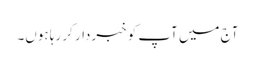
آج میں آپ کو خبردار کر رہا ہوں۔